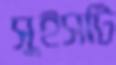
সুইসটি